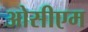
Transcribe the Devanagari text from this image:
ओसीएम